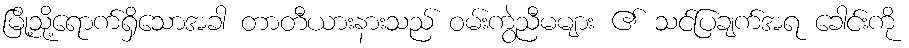
မြို့သို့ရောက်ရှိသောအခါ တာတီယားနားသည် ဝမ်းကွဲညီမများ ၏ သင်ပြချက်အရ ခေါင်းကို